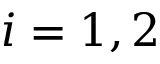
i = 1 , 2